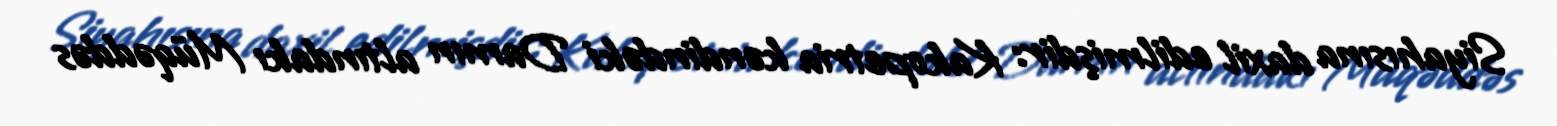
Siyahısına daxil edilmişdir: Kakopetria kəndindəki Damın altındakı Müqəddəs